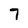
Character: 7